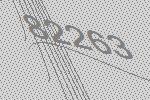
82263